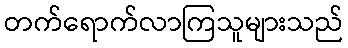
တက်ရောက်လာကြသူများသည်